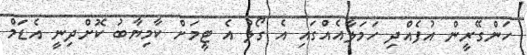
ހަންގޭރީން އުފެއްދި ހަމަލާއެއްގައި އެ ގޯލު އެ ޓީމަށް ކާމިޔާބު ކޮށްދިނީ އެޑަމް